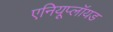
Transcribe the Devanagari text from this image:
एनियूप्लॉयड